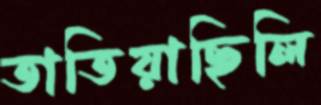
তাতিয়াছিলি